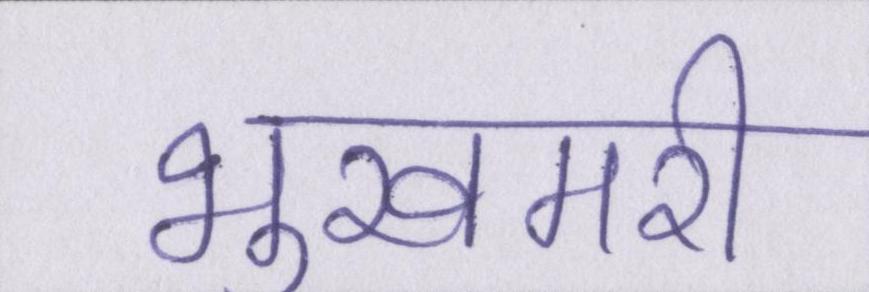
भुखमरी